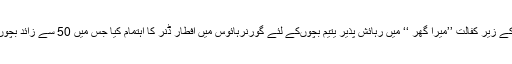
علاوہ ازیں گورنرسندھ محمد زبیر نے المصطفیٰ سوسائٹی کے زیر کفالت ’’میرا گھر ‘‘ میں رہائش پذیر یتیم بچوںکے لئے گورنرہائوس میں افطار ڈنر کا اہتمام کیا جس میں 50 سے زائد بچوں اور سوسائٹی کے مددگار مخیر حضرات نے شرکت کی ۔